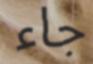
جاء